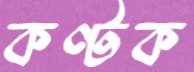
কণ্টক